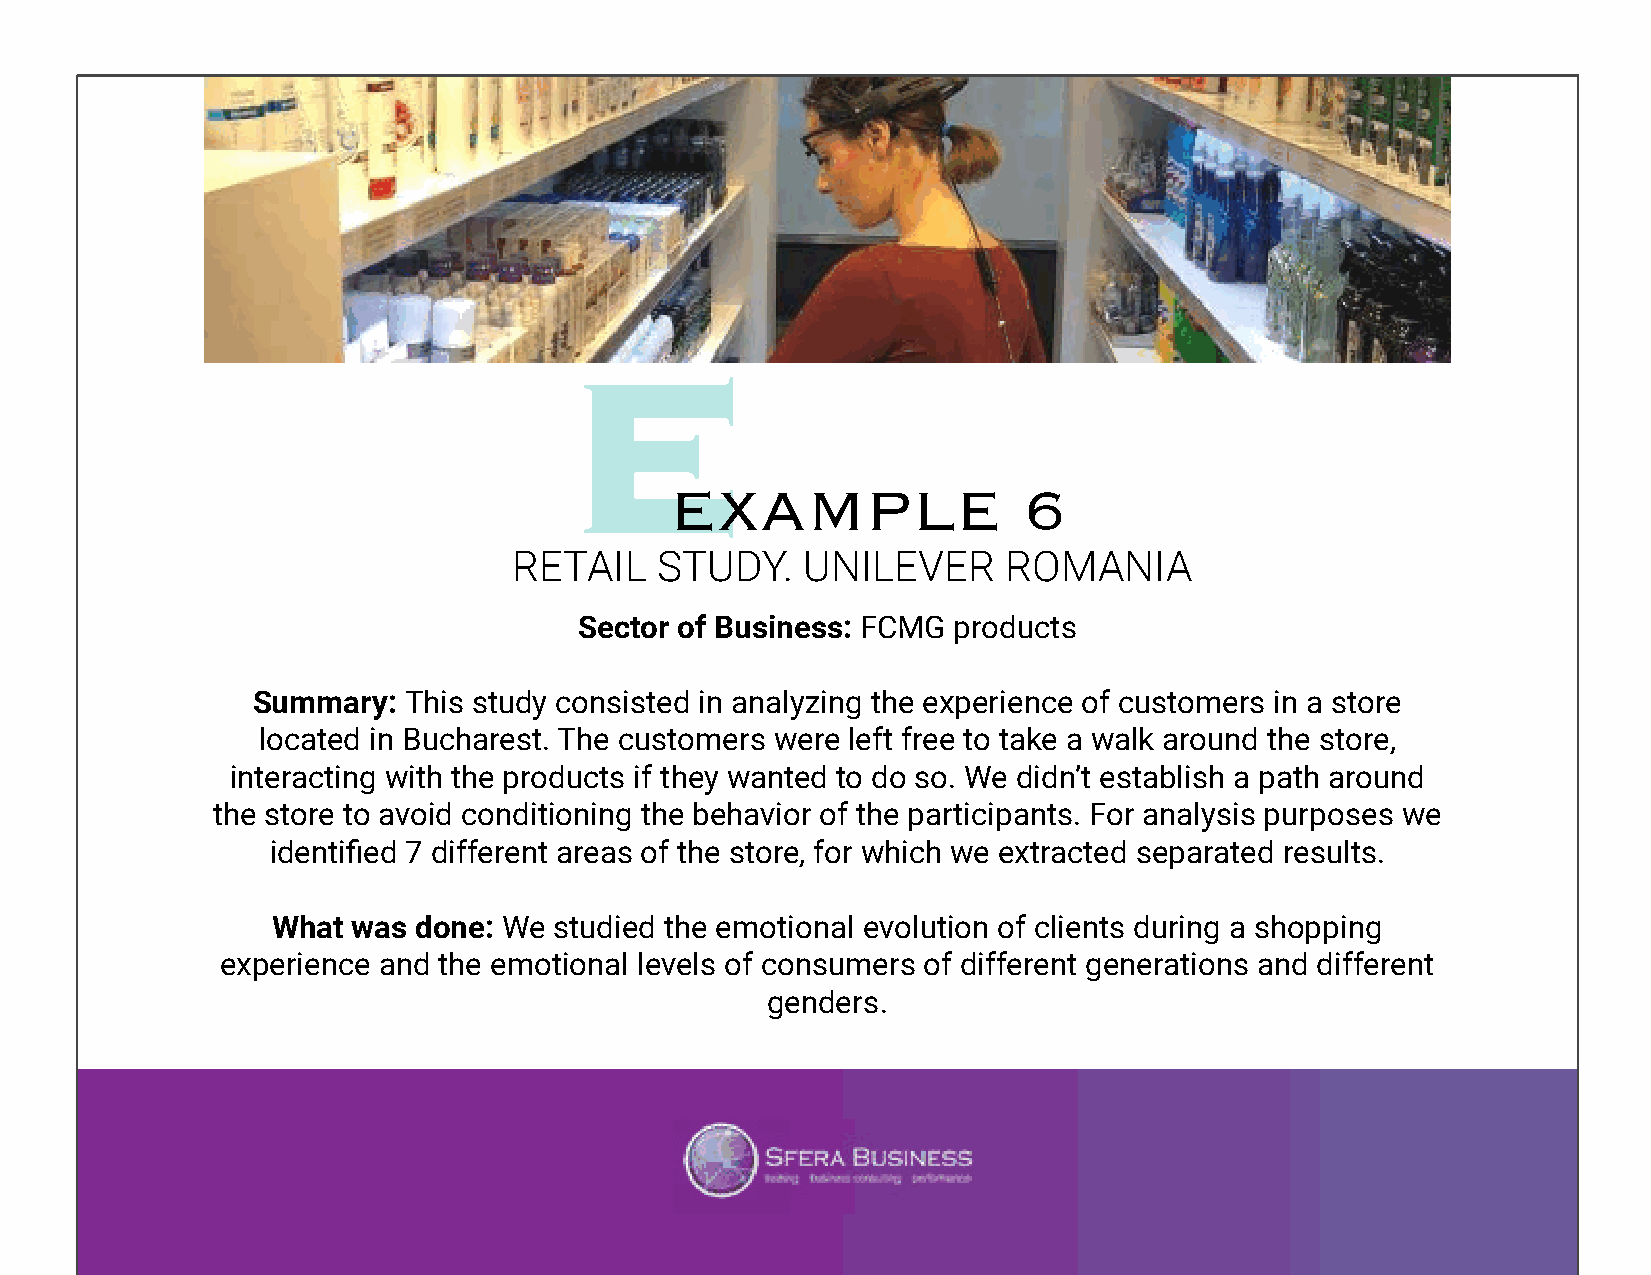
EXAMPLE                 6
 RETAIL   STUDY.    UNILEVER      ROMANIA
 Sector of Business: FCMG products
 Summary:  This study consisted in analyzing the experience of customers in a store
 located in Bucharest. The customers were left free to take a walk around the store,
 interacting with the products if they wanted to do so. We didn’t establish a path around
 the store to avoid conditioning the behavior of the participants. For analysis purposes we
 identified 7 different areas of the store, for which we extracted separated results.
 What was  done: We studied the emotional evolution of clients during a shopping
 experience and the emotional levels of consumers of different generations and different
 genders.